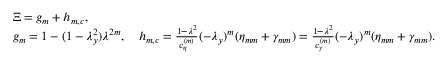
\begin{array} { r l } & { \Xi = g _ { m } + h _ { m , c } , } \\ & { g _ { m } = 1 - ( 1 - \lambda _ { y } ^ { 2 } ) \lambda ^ { 2 m } , \quad h _ { m , c } = \frac { 1 - \lambda ^ { 2 } } { c _ { \eta } ^ { ( m ) } } ( - \lambda _ { y } ) ^ { m } ( \eta _ { m m } + \gamma _ { m m } ) = \frac { 1 - \lambda ^ { 2 } } { c _ { \gamma } ^ { ( m ) } } ( - \lambda _ { y } ) ^ { m } ( \eta _ { m m } + \gamma _ { m m } ) . } \end{array}